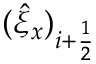
( \hat { \xi } _ { x } ) _ { i + \frac { 1 } { 2 } }